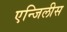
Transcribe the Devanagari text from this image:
एन्जिलीस